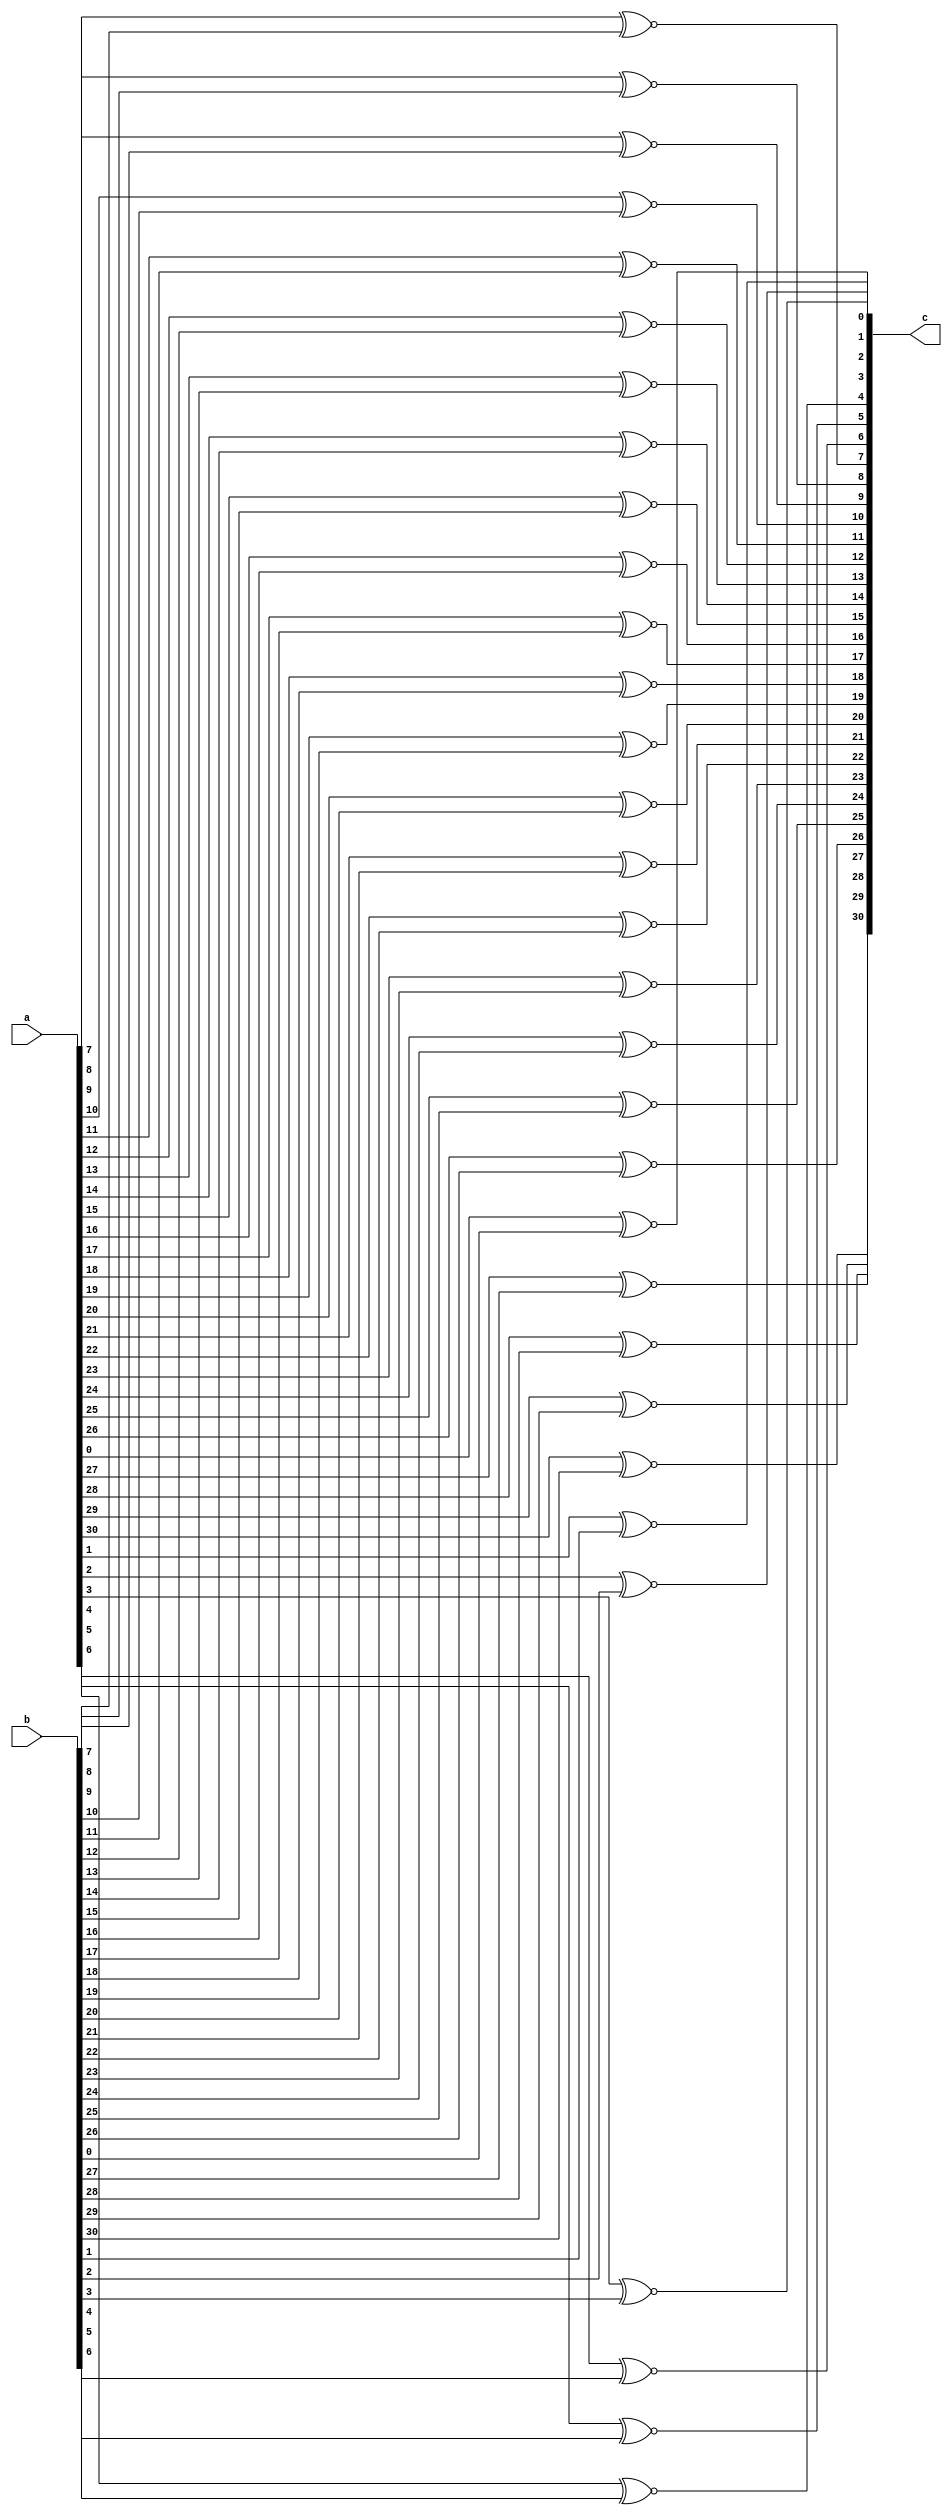
module nor32 (a,b,c);
	input wire [31:0]a,b;
	output reg [31:0]c;
	integer i;
	always @(*)begin
		for (i = 0; i < 31; i = i + 1) begin 
			c[i] = ((a[i])~^(b[i]));
		end
	end
endmodule